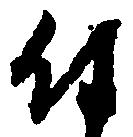
付